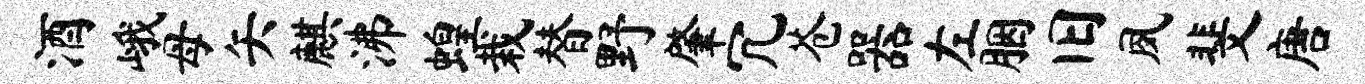
酒峨母矢麒沸蝗栽替野肇冗苍器左胭旧夙斐唐